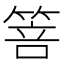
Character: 箁